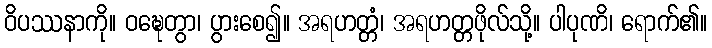
ဝိပဿနာကို။ ဝဍ္ဎေတွာ၊ ပွားစေ၍။ အရဟတ္တံ၊ အရဟတ္တဖိုလ်သို့။ ပါပုဏိ၊ ရောက်၏။